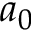
a _ { 0 }